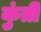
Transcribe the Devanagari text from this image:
कुुंती